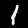
Label: 1